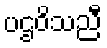
ပဌဝိသညီ